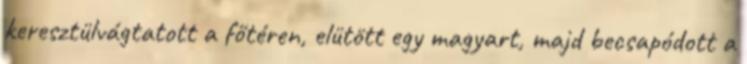
keresztülvágtatott a főtéren, elütött egy magyart, majd becsapódott a